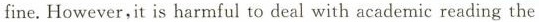
fine.However,it is harmful to deal with academic reading the